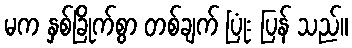
မက နှစ်ခြိုက်စွာ တစ်ချက် ပြုံး ပြန် သည်။